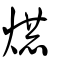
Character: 爀